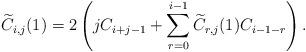
LaTeX: \begin{align*} \widetilde{C}_{i,j}(1) = 2\left(jC_{i+j-1}+\sum_{r=0}^{i-1}\widetilde{C}_{r,j}(1)C_{i-1-r}\right).\end{align*}